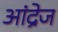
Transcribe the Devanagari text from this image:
आंद्रेज